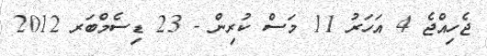
ޖެހިއްޖެ 4 އަހަރު 11 މަސް ކުރިން - 23 ޑިސެމްބަރ 2012